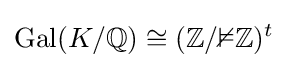
\operatorname {Gal} (K/\mathbb {Q} )\cong (\mathbb {Z} /\mathbb {2Z} )^{t}